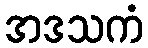
အဒသကံ